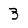
Character: 3